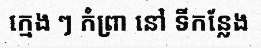
ក្មេង ៗ កំព្រា នៅ ទីកន្លែង